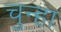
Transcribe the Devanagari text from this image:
चुन्हा